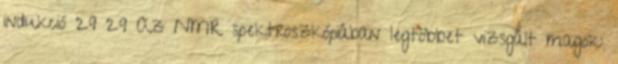
indukció 29 29 Az NMR spektroszkópiában legtöbbet vizsgált magok: